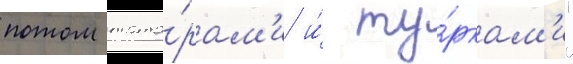
потом тата́рам'и и́ ту́ркам'и"